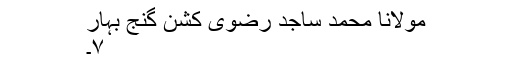
مولانا محمد ساجد رضوی کشن گنج بہار
۷۔